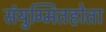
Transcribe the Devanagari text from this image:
संयुग्मितहोता